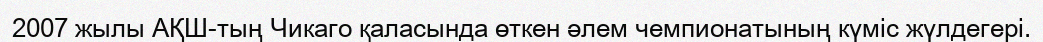
2007 жылы АҚШ-тың Чикаго қаласында өткен әлем чемпионатының күміс жүлдегері.